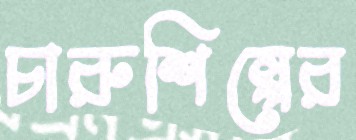
চারুশিল্পের